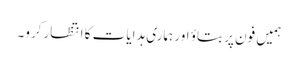
ہمیں فون پر بتاؤ اور ہماری ہدایات کا انتظارکرو۔